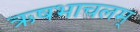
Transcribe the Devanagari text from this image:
ऋषभाचलम्